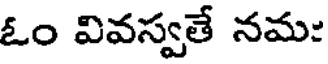
ఓం వివస్వతే నమ: